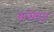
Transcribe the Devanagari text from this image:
बलेबाज़